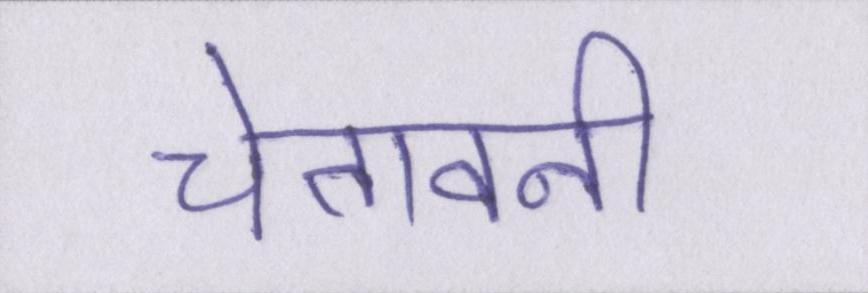
चेतावनी